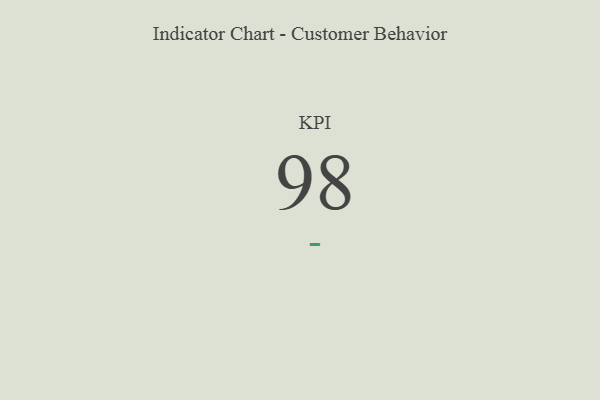
{"axis": {"x": "KPI", "y": "Value"}, "legend": [""], "data": [{"x": "KPI", "y": 98, "type": ""}]}